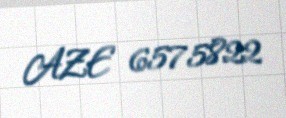
AZE 6575822